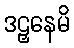
ဒဠှနေမိ